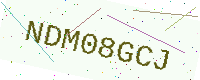
Text: NDM08GCJ